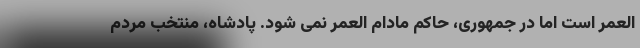
العمر است اما در جمهوری، حاکم مادام العمر نمی شود. پادشاه، منتخب مردم